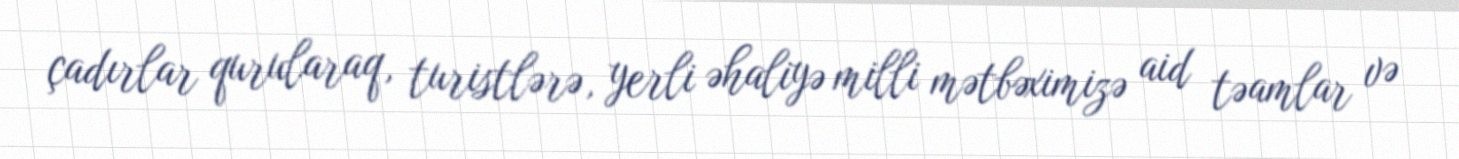
çadırlar qurularaq, turistlərə, yerli əhaliyə milli mətbəximizə aid təamlar və